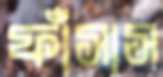
ফাঁসাস